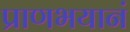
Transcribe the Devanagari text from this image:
प्राणभयानं